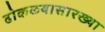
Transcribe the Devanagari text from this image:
ढोकळयासारख्या